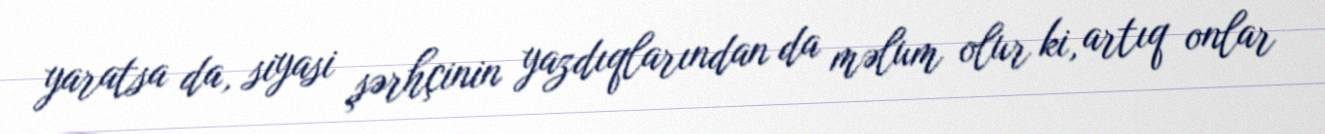
yaratsa da, siyasi şərhçinin yazdıqlarından da məlum olur ki, artıq onlar